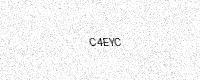
Text: C4EYC